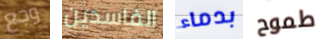
وجع الفاسدين بدماء طموح